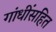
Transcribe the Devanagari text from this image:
गांधींसहित